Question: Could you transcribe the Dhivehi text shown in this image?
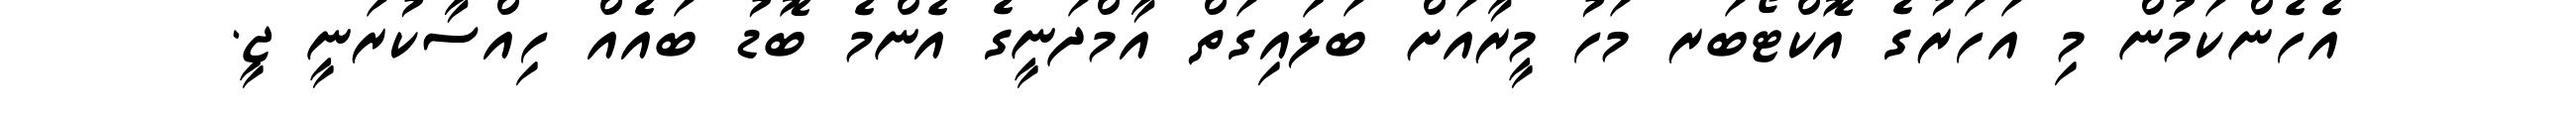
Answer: އެހެންކަމުން މި އަހަރުގެ އޮކްޓޯބަރ މަހު މީރާއަށް ބަލައިގަތް އާމްދަނީގެ އެންމެ ބޮޑު ބައެއް ހިއްސާކުރަނީ ޖީ.